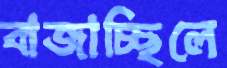
বাজাচ্ছিলে